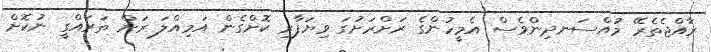
ރާއްޖެތެރޭ މުއްސަނދިންވެސް އެމީހުންގެ ރަށްރަށުގަ ވިޔަފާރި ކޮށްގެން އަމިއްލަ ރަށް ތަރައްގީ ނުކޮށް